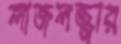
লাজলজ্জার